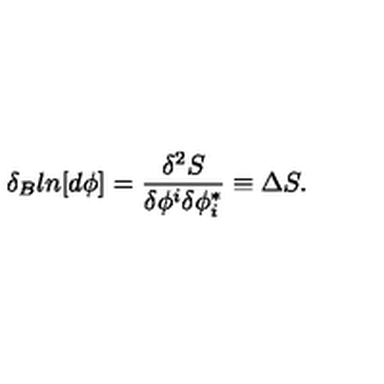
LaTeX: \delta _ { B } l n [ d \phi ] = \frac { \delta ^ { 2 } S } { \delta \phi ^ { i } \delta \phi _ { i } ^ { * } } \equiv \Delta S .